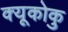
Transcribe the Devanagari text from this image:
क्यूकोकु